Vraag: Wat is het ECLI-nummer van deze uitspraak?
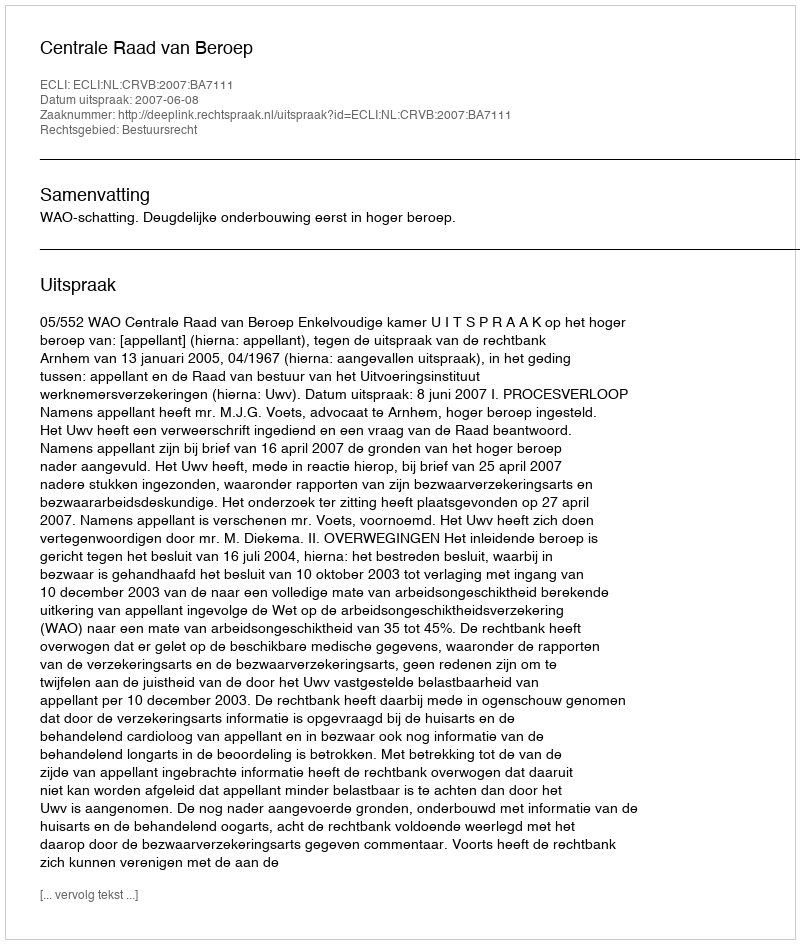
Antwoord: ECLI:NL:CRVB:2007:BA7111